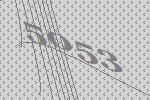
5053